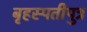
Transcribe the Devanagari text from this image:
बृहस्पतीपुत्र